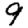
Digit: 9